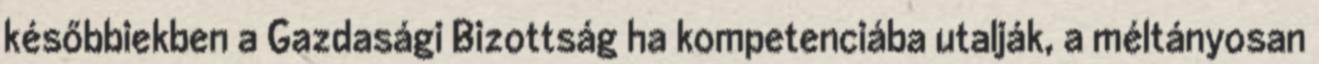
későbbiekben a Gazdasági Bizottság ha kompetenciába utalják, a méltányosan